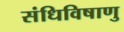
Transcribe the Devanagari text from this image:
संधिविषाणु